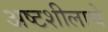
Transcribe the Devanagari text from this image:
अष्टशीलाचे